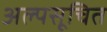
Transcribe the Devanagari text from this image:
अल्पसूचित